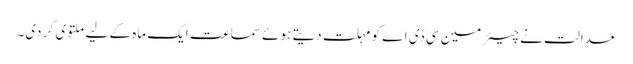
عدالت نے چیئرمین سی ڈی اے کو مہلت دیتے ہوئے سماعت ایک ماہ کے لیے ملتوی کر دی۔